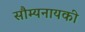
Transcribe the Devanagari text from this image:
सौम्यनायकी